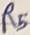
Text: R5